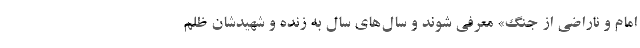
امام و ناراضی از جنگ» معرفی شوند و سال‌های سال به زنده و شهیدشان ظلم